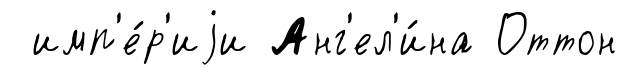
имп'е́р'иjи Анг'ел'и́на Оттон